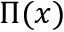
\Pi ( x )